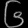
Digit: ၆